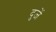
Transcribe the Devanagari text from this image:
दुजें